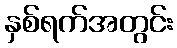
နှစ်ရက်အတွင်း